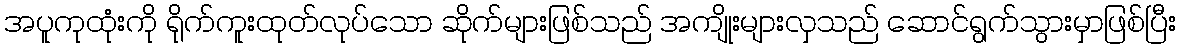
အပူကုထုံးကို ရိုက်ကူးထုတ်လုပ်သော ဆိုက်များဖြစ်သည် အကျိုးများလှသည် ဆောင်ရွက်သွားမှာဖြစ်ပြီး